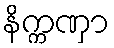
နိက္ကဏှာ